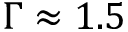
\Gamma \approx 1 . 5